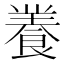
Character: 𮨽